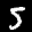
Label: 5